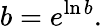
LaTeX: b=e^{\ln b}.